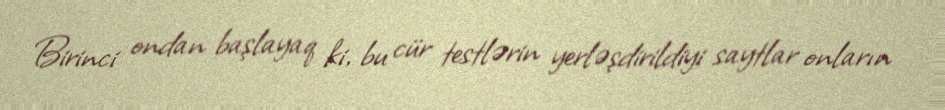
Birinci ondan başlayaq ki, bu cür testlərin yerləşdirildiyi saytlar onların